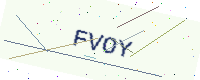
Text: FVOY